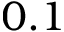
0 . 1